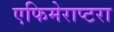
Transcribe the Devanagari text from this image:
एफिमेराप्टरा